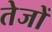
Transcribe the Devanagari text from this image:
तेजों